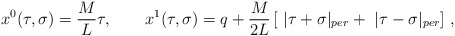
\begin{align*}x^0(\tau ,\sigma )=\frac ML\tau ,\quad \quad x^1(\tau ,\sigma)=q+\frac M{2L}\,[\ |\tau +\sigma |_{per}+\ |\tau -\sigma |_{per}]\ ,\end{align*}